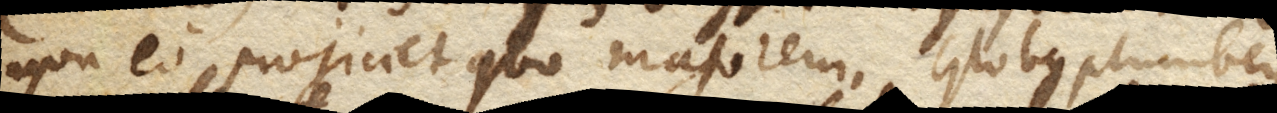
non eo projiciet quo majorem. Globus plumbeus